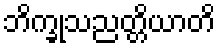
ဘိက္ခုသညတ္တိယာတိ